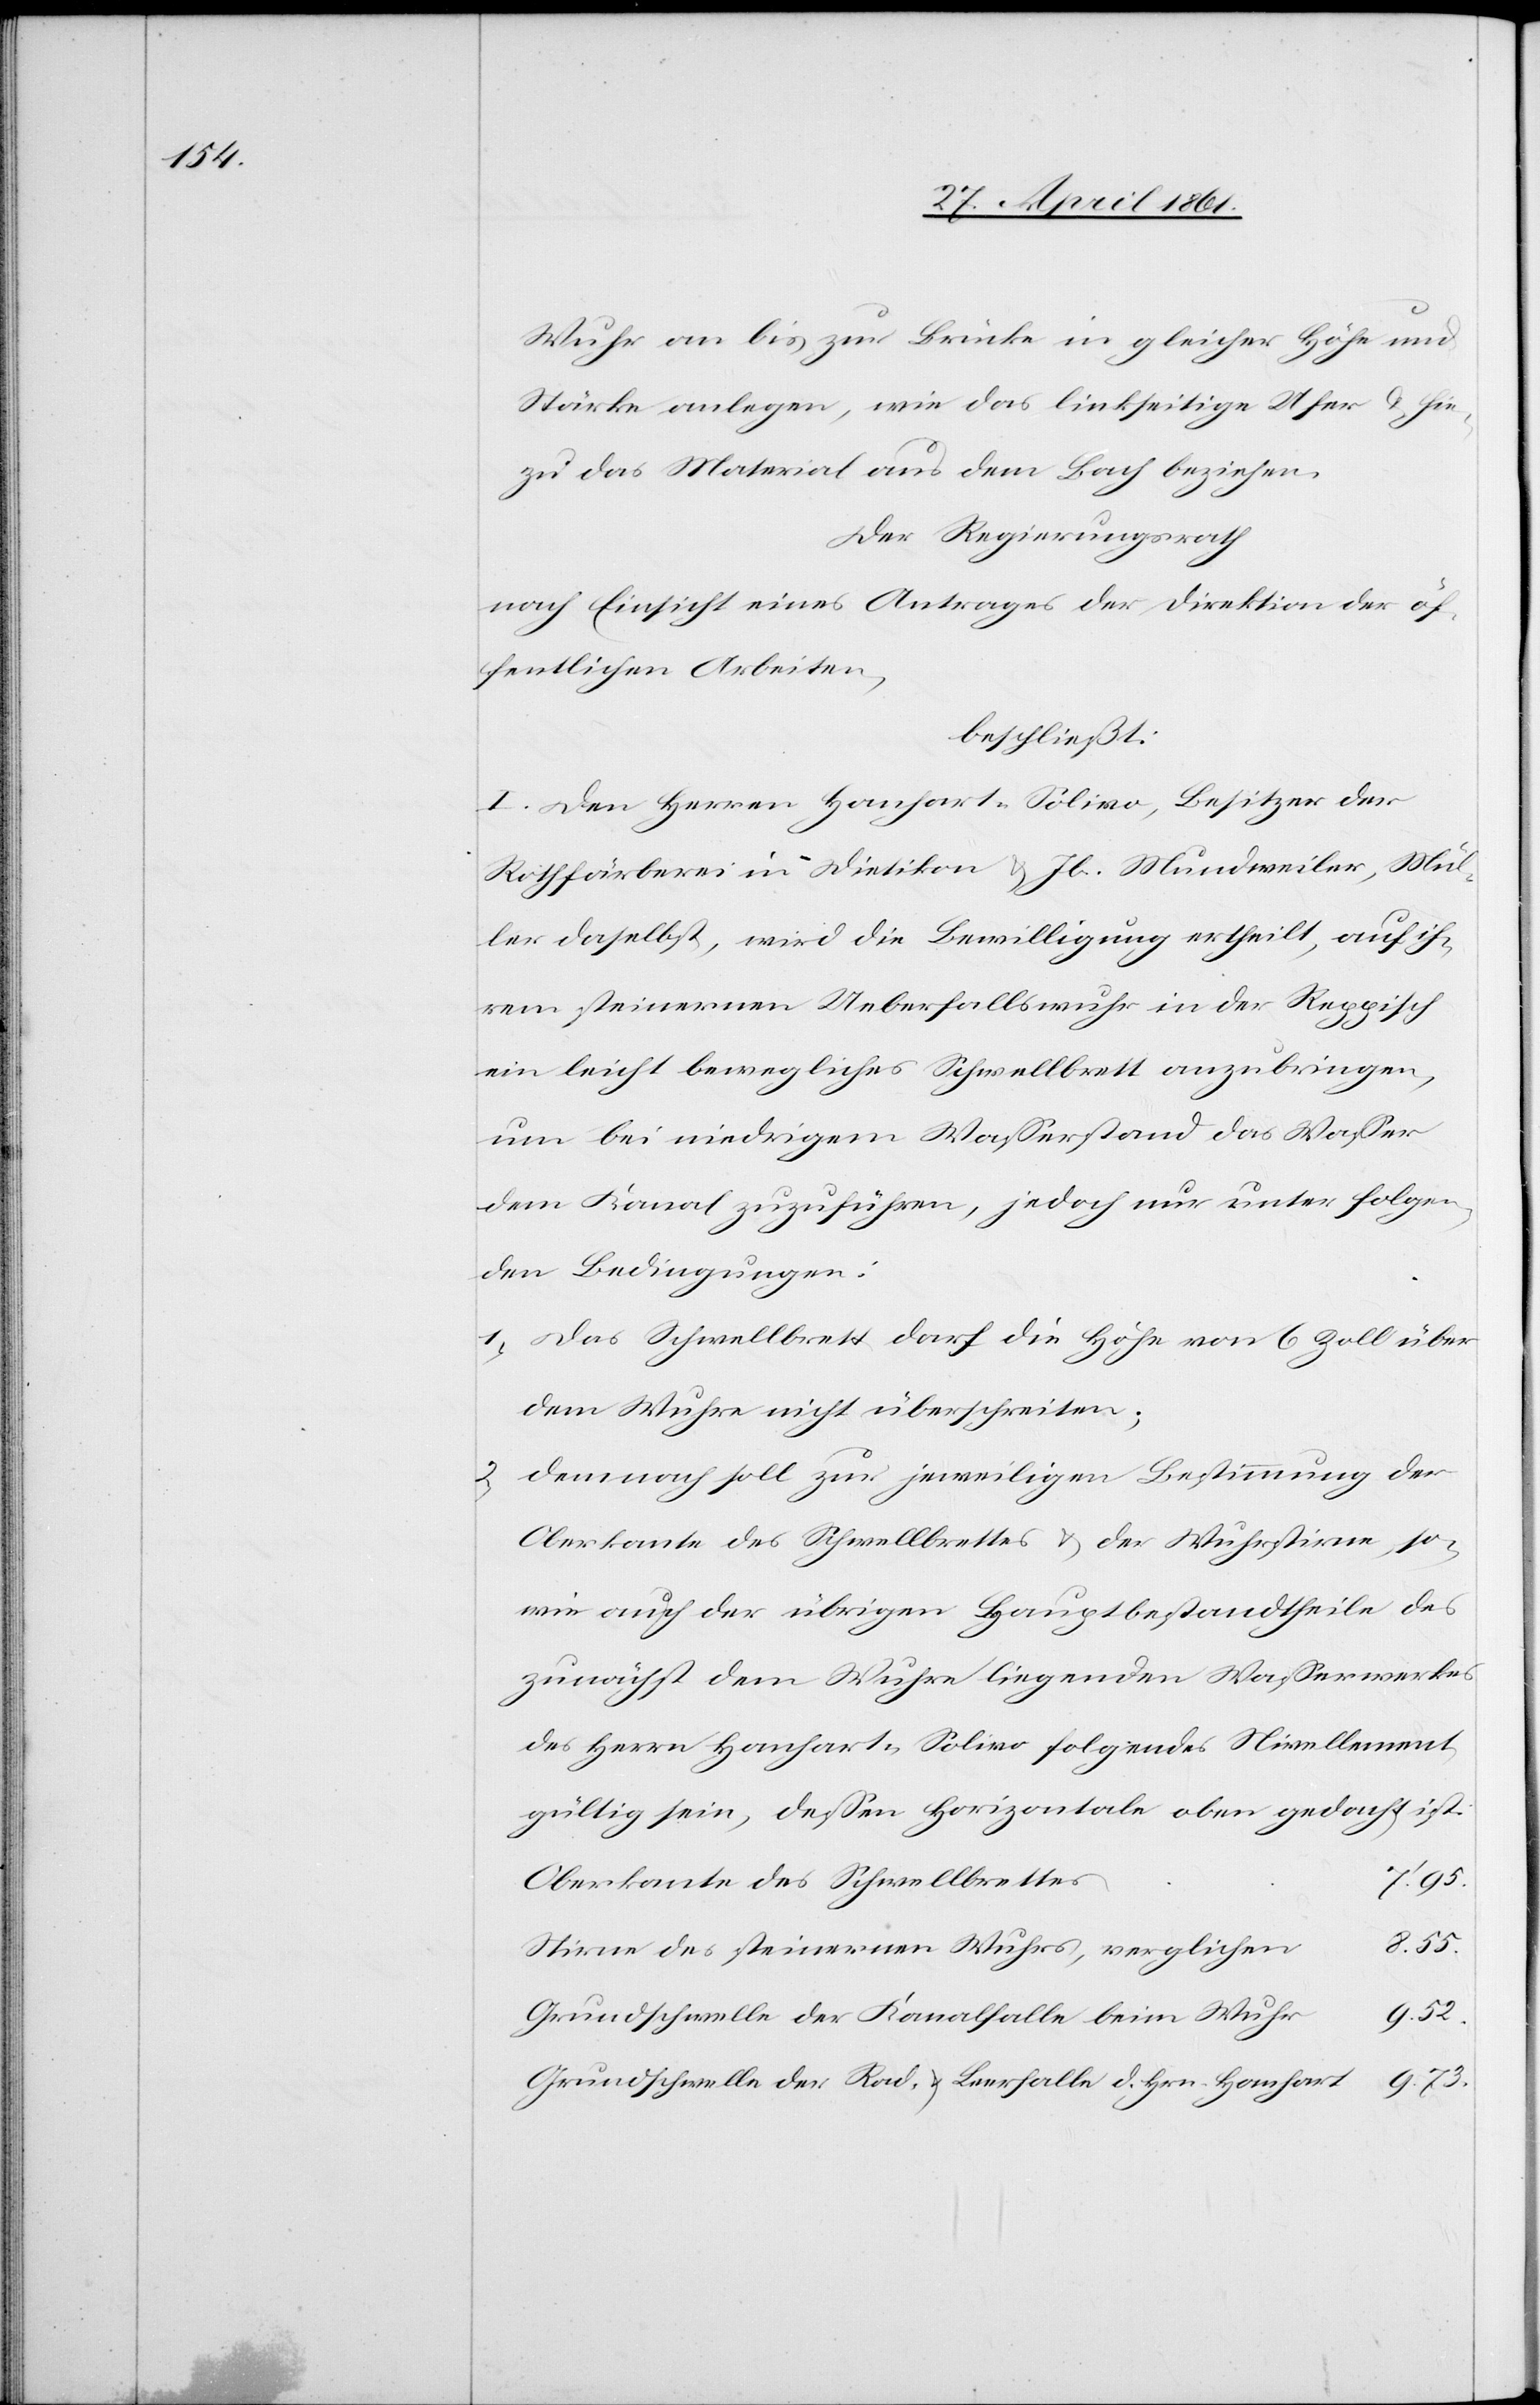
Wuhr an bis zur Brücke in gleicher Höhe und
Stärke anlegen, wie das linkseitige Ufer u. hie¬
zu das Material aus dem Bach beziehen.
Der Regierungsrath
nach Einsicht eines Antrages der Direktion der öf¬
fentlichen Arbeiten,
beschließt:
I. Den Herren Hanhart-Solivo, Besitzer der
Rothfärberei in Dietikon u. Jb. Mundweiler, Mül¬
ler daselbst, wird die Bewilligung ertheilt, auf ih¬
rem steinernen Ueberfallswuhr in der Reppisch
ein leicht bewegliches Schwellbrett anzubringen,
um bei niedrigem Wasserstand das Wasser
dem Kanal zuzuführen, jedoch nur unter folgen¬
den Bedingungen:
1. Das Schwellbrett darf die Höhe von 6 Zoll über
dem Wuhre nicht überschreiten.
2. Demnach soll zur jeweiligen Bestimmung der
Oberkante des Schwellbrettes u. der Wuhrsteine, so¬
wie auch der übrigen Hauptbestandtheile des
zunächst dem Wuhre liegenden Wasserwerkes
des Herrn Hanhart-Solivo folgendes Nivellement
gültig sein, dessen Horizontale oben gedacht ist.
Oberkante des Schwellbrettes
7’ 95
Stirne des steinernen Wuhres, verglichen
9. 52
Grundschwelle der Kanalfalle beim Wuhr
Grundschwelle der Rad- u. Leerfalle d. Hrn. Hanhart
9. 73